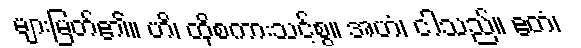
များမြတ်၏။ ဟိ၊ ထိုစကားသင့်စွ။ အဟံ၊ ငါသည်။ ဧတံ၊